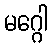
မဂ္ဂေါ